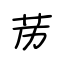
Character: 苈